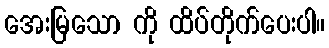
အေးမြသော ကို ထိပ်တိုက်ပေးပါ။